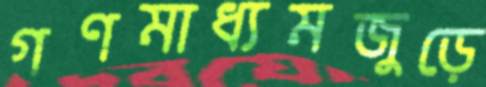
গণমাধ্যমজুড়ে